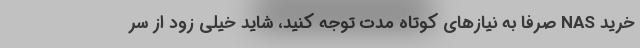
خرید NAS صرفا به نیازهای کوتاه مدت توجه کنید، شاید خیلی زود از سر